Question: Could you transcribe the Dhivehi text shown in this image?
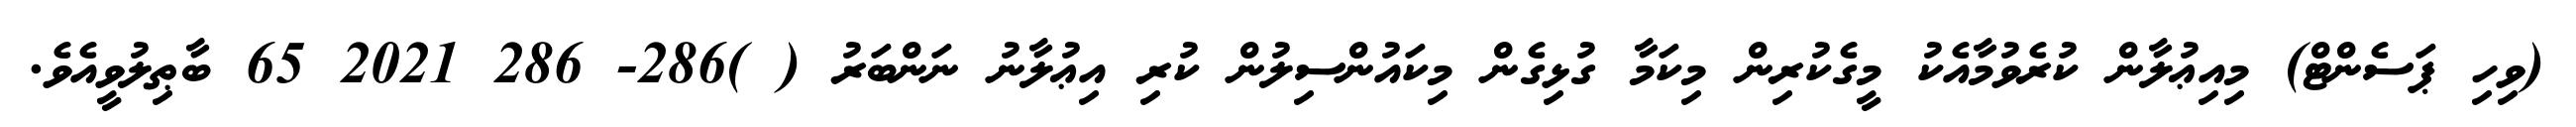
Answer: (ވިހި ޕަސެންޓް) މިއިޢުލާން ކުރެވުމާއެކު މީގެކުރިން މިކަމާ ގުޅިގެން މިކައުންސިލުން ކުރި އިޢުލާނު ނަންބަރު ( )286- 286 2021 65 ބާޠިލުވީއެވެ.